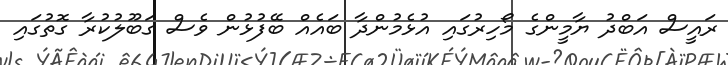
ރައީސް އަބްދު ޔާމީންގެ މޯހިރުގައި އުޅެމުންދާ ބައެއް ބޭފުޅުން ވެސް ގަބޫލުކުރާ ގޮތުގައި